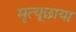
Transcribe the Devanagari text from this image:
मृत्यूछाया